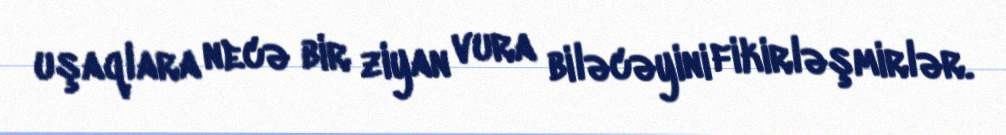
uşaqlara necə bir ziyan vura biləcəyini fikirləşmirlər.